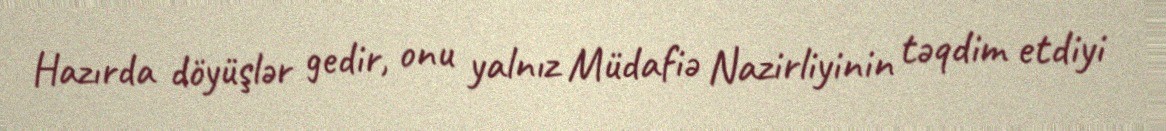
Hazırda döyüşlər gedir, onu yalnız Müdafiə Nazirliyinin təqdim etdiyi